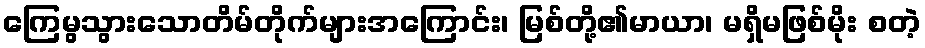
ကြေမွသွားသောတိမ်တိုက်များအကြောင်း၊ မြစ်တို့၏မာယာ၊ မရှိမဖြစ်မိုး စတဲ့